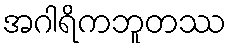
အဂါရိကဘူတဿ